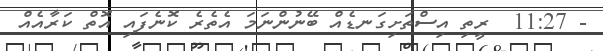
- 11:27  ރީތި އިސްތަށިގަނޑެއް ބޭނުންނަމަ އެތެރެ ކޮނެފައި އޮތް ކަރާއެއް